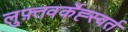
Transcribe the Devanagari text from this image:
लुफ़्तवर्केह्स्वर्त